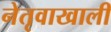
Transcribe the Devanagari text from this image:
नेतृवाखाली